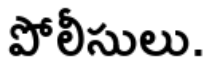
పోలీసులు.